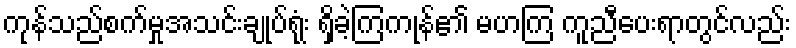
ကုန်သည်စက်မှုအသင်းချုပ်ရုံး ရှိခဲ့ကြကုန်၏ မဟကြ ကူညီပေးရာတွင်လည်း